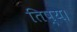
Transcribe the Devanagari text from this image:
तिष्य।